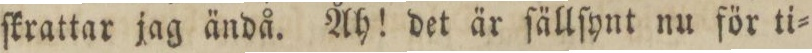
ſkrattar jag ändå. Åh! det är ſällſynt nu för ti=